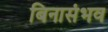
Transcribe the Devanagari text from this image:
बिनासंभव